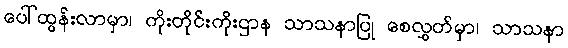
ပေါ်ထွန်းလာမှာ၊ ကိုးတိုင်းကိုးဌာန သာသနာပြု စေလွှတ်မှာ၊ သာသနာ